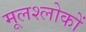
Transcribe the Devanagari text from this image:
मूलश्लोकों